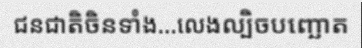
ជនជាតិចិនទាំង...លេងល្បិចបញ្ឆោត